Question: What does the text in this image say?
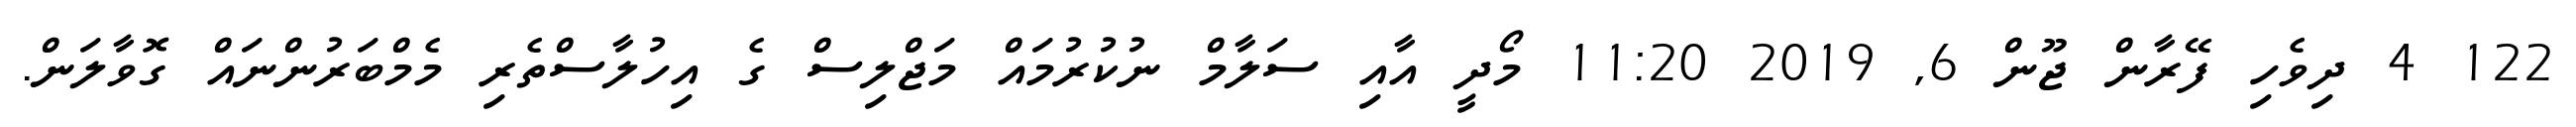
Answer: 122 4 ދިވެހި ފޭރާން ޖޫން 6, 2019 11:20 މޯދީ އާއި ސަލާމް ނުކުރުމައް މަޖްލިސް ގެ އިހުލާސްތެރި މެމްބަރުންނައް ގޮވާލަން.